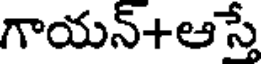
గాయన్+ఆస్తే